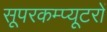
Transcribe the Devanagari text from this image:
सूपरकम्प्यूटरों